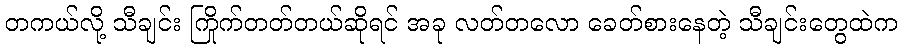
တကယ်လို့ သီချင်း ကြိုက်တတ်တယ်ဆိုရင် အခု လတ်တလော ခေတ်စားနေတဲ့ သီချင်းတွေထဲက